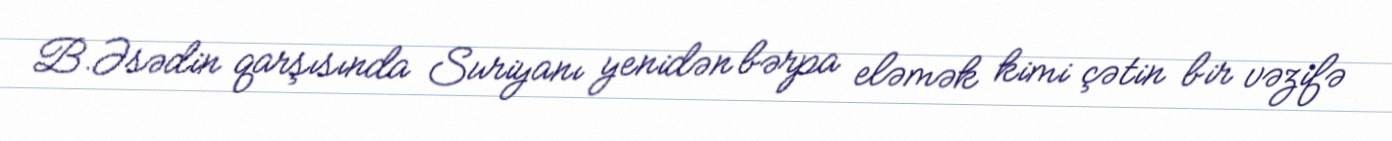
B.Əsədin qarşısında Suriyanı yenidən bərpa eləmək kimi çətin bir vəzifə